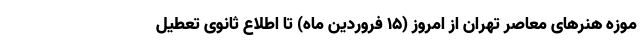
موزه هنرهای معاصر تهران از امروز (۱۵ فروردین ماه) تا اطلاع ثانوی تعطیل